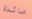
مائدة